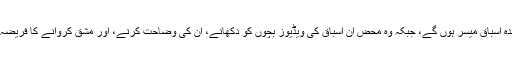
انہیں بہترین تیار شدہ اسباق میسر ہوں گے، جبکہ وہ محض ان اسباق کی ویڈیوز بچوں کو دکھانے، اِن کی وضاحت کرنے، اور مشق کروانے کا فریضہ سر انجام دیں گے۔